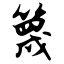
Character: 篾